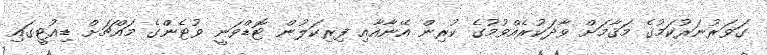
ގަވަރުނަރުކަމުގެ މަޤާމަށް ވާދަކުރެއްވުމުގެ ކުރިން އޭނާއާއި ފިރިކަލުން ޓޮޑްވަނީ ވުޓެންގެ މައްޗަށް ޑިއުޓީގައި